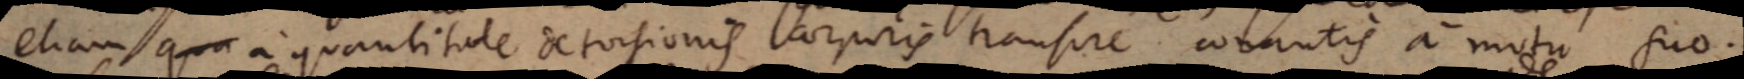
etiam qua a quantitate detorsionis corporis transire conantis a motu suo.